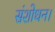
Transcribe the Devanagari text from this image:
संशोधन।